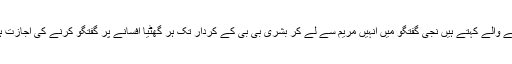
کہنے والے کہتے ہیں نجی گفتگو میں انہیں مریم سے لے کر بشری بی بی کے کردار تک ہر گھٹیا افسانے پر گفتگو کرنے کی اجازت ہے۔